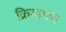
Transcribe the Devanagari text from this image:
क्रियामण